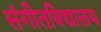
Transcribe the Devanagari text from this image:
संगीतविद्यालय